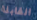
القابلة